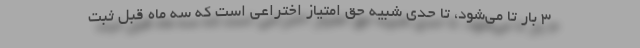
۳ بار تا می‌شود، تا حدی شبیه حق امتیاز اختراعی است که سه ماه قبل ثبت